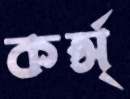
কর্প্স্